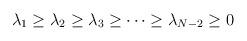
LaTeX: \begin{align*}\lambda_1\geq \lambda_2\geq \lambda_3\geq\cdots\geq\lambda_{N-2}\geq 0 \end{align*}